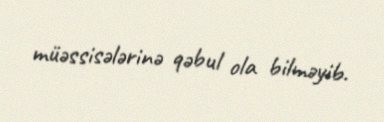
müəssisələrinə qəbul ola bilməyib.